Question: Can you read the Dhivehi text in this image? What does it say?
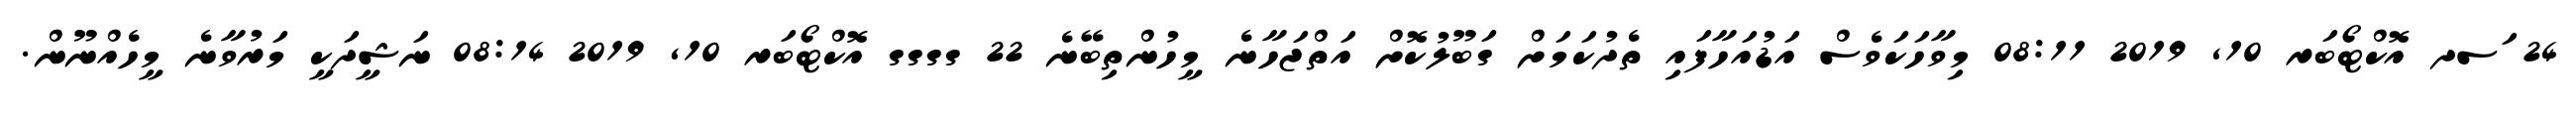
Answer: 24 ަސދ އޮކްޓޯބަރ 10, 2019 08:11 މިވާހަކަވެސް އަޑުއަހާފައި ތެދުކަމަށް ގަބޫލުކޮށް އަތްޖަހާނެ މީހުންތިބޭނެ 22 ގގގގ އޮކްޓޯބަރ 10, 2019 08:14 ނަޝީދަކީ މަރުވާނެ މީހެއްނޫން.